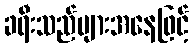
ခရီးသည်များအနေဖြင့်